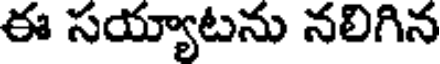
ఈ సయ్యాటను నలిగిన